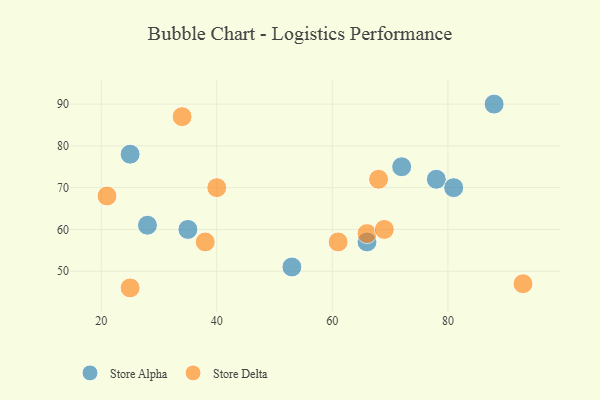
{"axis": {"x": "GDP", "y": "Life Expectancy"}, "legend": ["Store Alpha", "Store Delta"], "data": [{"x": "53", "y": 51, "type": "Store Alpha"}, {"x": "25", "y": 78, "type": "Store Alpha"}, {"x": "78", "y": 72, "type": "Store Alpha"}, {"x": "72", "y": 75, "type": "Store Alpha"}, {"x": "35", "y": 60, "type": "Store Alpha"}, {"x": "66", "y": 57, "type": "Store Alpha"}, {"x": "88", "y": 90, "type": "Store Alpha"}, {"x": "28", "y": 61, "type": "Store Alpha"}, {"x": "81", "y": 70, "type": "Store Alpha"}, {"x": "61", "y": 57, "type": "Store Delta"}, {"x": "21", "y": 68, "type": "Store Delta"}, {"x": "66", "y": 59, "type": "Store Delta"}, {"x": "93", "y": 47, "type": "Store Delta"}, {"x": "38", "y": 57, "type": "Store Delta"}, {"x": "69", "y": 60, "type": "Store Delta"}, {"x": "34", "y": 87, "type": "Store Delta"}, {"x": "25", "y": 46, "type": "Store Delta"}, {"x": "40", "y": 70, "type": "Store Delta"}, {"x": "68", "y": 72, "type": "Store Delta"}]}